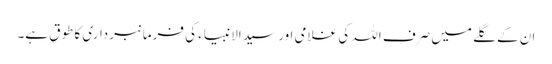
ان کے گلے میں صرف اللہ کی غلامی اور سید الانبیاء کی فرمانبرداری کا طوق ہے۔